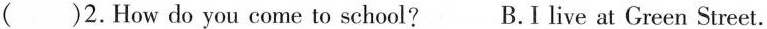
()2.Howdo you come to school? B.I live at Green Street.